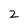
Character: 2